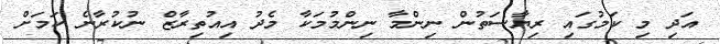
އަދި މި ކަމުގައި ރިޔާސަތުން ނިންމާ ނިންމުމަކާ މެދު އިއުތިރާޒް ނުކުރާނެ ކަމަށް